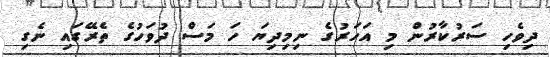
ދިވެހި ސަރުކާރުން މި އަހަރުގެ ނިމިދިޔަ ހަ މަސް ދުވަހުގެ ތެރޭގައި ނެގި